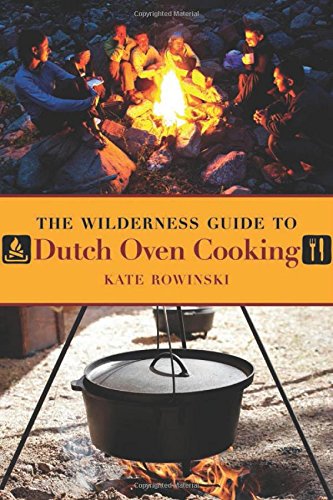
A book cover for The Wilderness Guide to Dutch Oven Cooking; Kate Rowinski; Cookbooks, Food & Wine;